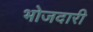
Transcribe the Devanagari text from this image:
भोजदारी